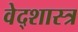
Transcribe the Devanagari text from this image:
वेद्शास्त्र